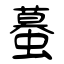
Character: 蟇